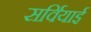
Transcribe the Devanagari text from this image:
सर्वियाई